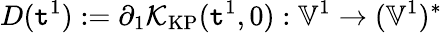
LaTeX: D(\mathtt{t}^{1}):=\partial_{1}\mathcal{{K}}_{\mathrm{{KP}}}(\mathtt{t}^{1},0):\mathbb{{V}}^{1}\to(\mathbb{{V}}^{1})^{*}